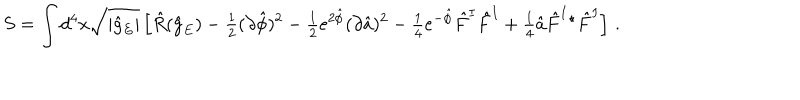
S = \int d ^ { 4 } x \sqrt { | \hat { g } _ { E } | } \left[ \hat { R } ( \hat { g } _ { E } ) - { \textstyle \frac { 1 } { 2 } } ( \partial \hat { \phi } ) ^ { 2 } - { \textstyle \frac { 1 } { 2 } } e ^ { 2 \hat { \phi } } ( \partial \hat { a } ) ^ { 2 } - { \textstyle \frac { 1 } { 4 } } e ^ { - \hat { \phi } } \hat { F } ^ { I } \hat { F } ^ { I } + { \textstyle \frac { 1 } { 4 } } \hat { a } \hat { F } ^ { I } { } ^ { \star } \hat { F } ^ { I } \right] \, .